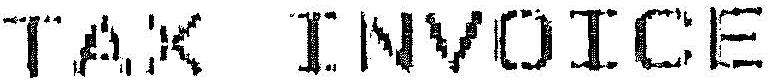
TAX INVOICE